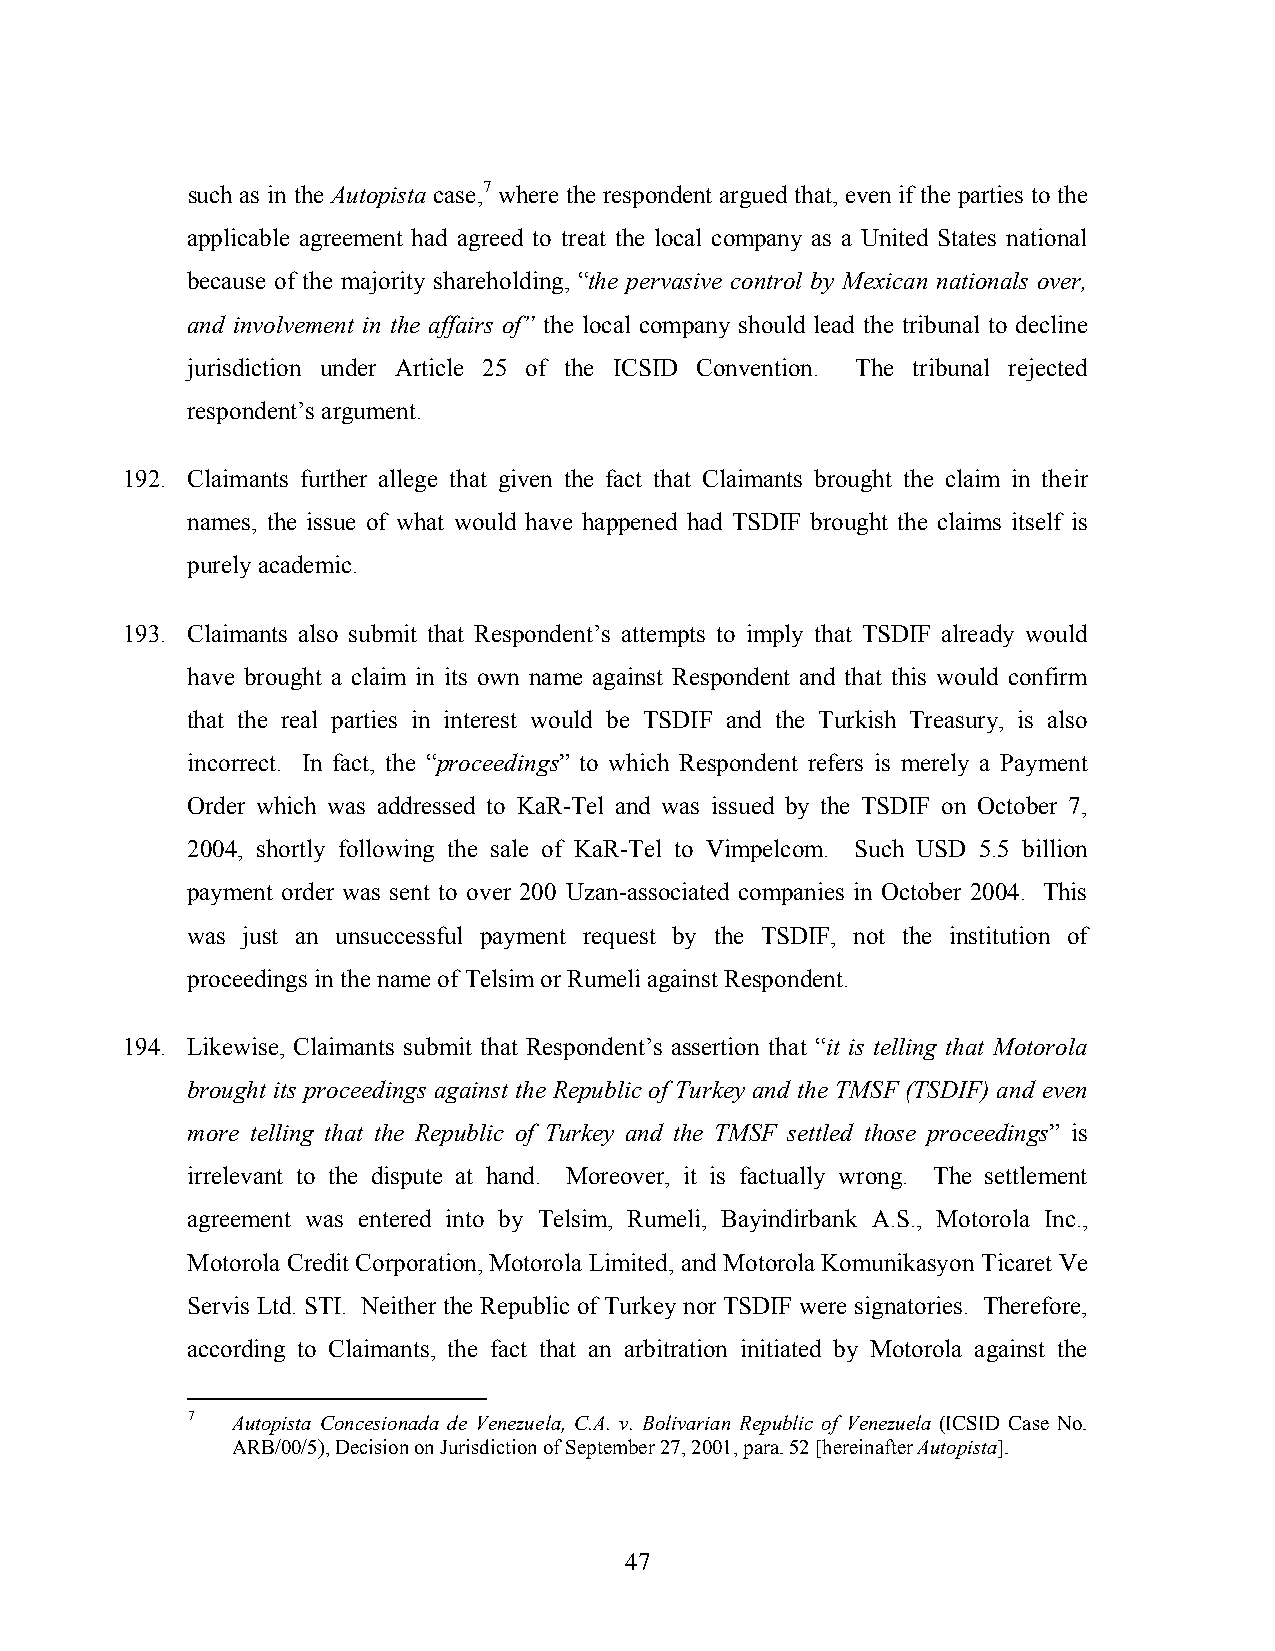
such as in the Autopista case,7 where the respondent argued that, even if the parties to the
 applicable agreement had agreed to treat the local company as a United States national
 because of the majority shareholding, “the pervasive control by Mexican nationals over,
 and involvement in the affairs of” the local company should lead the tribunal to decline
 jurisdiction under Article 25 of the ICSID Convention. The tribunal rejected
 respondent’s argument.
 192. Claimants further allege that given the fact that Claimants brought the claim in their
 names, the issue of what would have happened had TSDIF brought the claims itself is
 purely academic.
 193. Claimants also submit that Respondent’s attempts to imply that TSDIF already would
 have brought a claim in its own name against Respondent and that this would confirm
 that the real parties in interest would be TSDIF and the Turkish Treasury, is also
 incorrect. In fact, the “proceedings” to which Respondent refers is merely a Payment
 Order which was addressed to KaR-Tel and was issued by the TSDIF on October 7,
 2004, shortly following the sale of KaR-Tel to Vimpelcom. Such USD 5.5 billion
 payment order was sent to over 200 Uzan-associated companies in October 2004. This
 was just an unsuccessful payment request by the TSDIF, not the institution of
 proceedings in the name of Telsim or Rumeli against Respondent.
 194. Likewise, Claimants submit that Respondent’s assertion that “it is telling that Motorola
 brought its proceedings against the Republic of Turkey and the TMSF (TSDIF) and even
 more telling that the Republic of Turkey and the TMSF settled those proceedings” is
 irrelevant to the dispute at hand. Moreover, it is factually wrong. The settlement
 agreement was entered into by Telsim, Rumeli, Bayindirbank A.S., Motorola Inc.,
 Motorola Credit Corporation, Motorola Limited, and Motorola Komunikasyon Ticaret Ve
 Servis Ltd. STI. Neither the Republic of Turkey nor TSDIF were signatories. Therefore,
 according to Claimants, the fact that an arbitration initiated by Motorola against the
 7  Autopista Concesionada de Venezuela, C.A. v. Bolivarian Republic of Venezuela (ICSID Case No.
 ARB/00/5), Decision on Jurisdiction of September 27, 2001, para. 52 [hereinafter Autopista].
 47